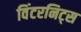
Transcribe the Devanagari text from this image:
विंटरनिट्‌स